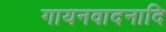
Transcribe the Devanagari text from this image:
गायनवादनादि